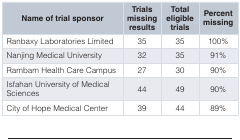
<table><thead><tr><td><b>Name of trial sponsor</b></td><td><b>Trialsmissingresults</b></td><td><b>Totaleligibletrials</b></td><td><b>Percentmissing</b></td></tr></thead><tbody><tr><td>Ranbaxy Laboratories Limited</td><td>35</td><td>35</td><td>100%</td></tr><tr><td>Nanjing Medical University</td><td>32</td><td>35</td><td>91%</td></tr><tr><td>Rambam Health Care Campus</td><td>27</td><td>30</td><td>90%</td></tr><tr><td>Isfahan University of MedicalSciences</td><td>44</td><td>49</td><td>90%</td></tr><tr><td>City of Hope Medical Center</td><td>39</td><td>44</td><td>89%</td></tr></tbody></table>